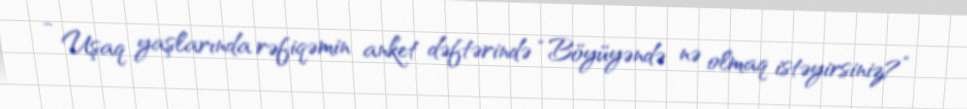
- Uşaq yaşlarında rəfiqəmin anket dəftərində “Böyüyəndə nə olmaq istəyirsiniz?”